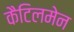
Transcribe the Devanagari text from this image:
कैटिलमेन